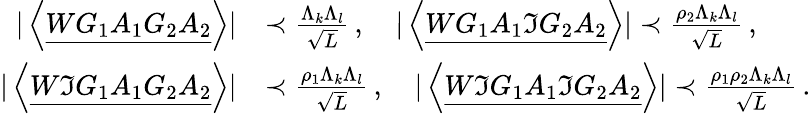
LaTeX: \begin{array}{rl}{|\left\langle{\underline{{WG_{1}A_{1}G_{2}A_{2}}}}\right\rangle|}&{\prec\frac{\Lambda_{k}\Lambda_{l}}{\sqrt{L}}\, ,\quad|\left\langle{\underline{{WG_{1}A_{1}\Im G_{2}A_{2}}}}\right\rangle|\prec\frac{\rho_{2}\Lambda_{k}\Lambda_{l}}{\sqrt{L}}\, ,}\\ {|\left\langle{\underline{{W\Im G_{1}A_{1}G_{2}A_{2}}}}\right\rangle|}&{\prec\frac{\rho_{1}\Lambda_{k}\Lambda_{l}}{\sqrt{L}}\, ,\quad|\left\langle{\underline{{W\Im G_{1}A_{1}\Im G_{2}A_{2}}}}\right\rangle|\prec\frac{\rho_{1}\rho_{2}\Lambda_{k}\Lambda_{l}}{\sqrt{L}}\, .}\end{array}